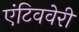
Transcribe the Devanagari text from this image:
एंटिववेरी